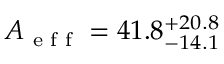
A _ { \textrm { e f f } } = 4 1 . 8 _ { - 1 4 . 1 } ^ { + 2 0 . 8 }